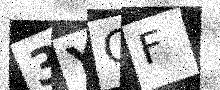
Text: 3YGF